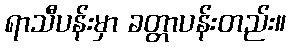
ရာသီပန်းမှာ ခတ္တာပန်းတည်း။